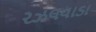
રઝલવાડા